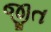
જીત